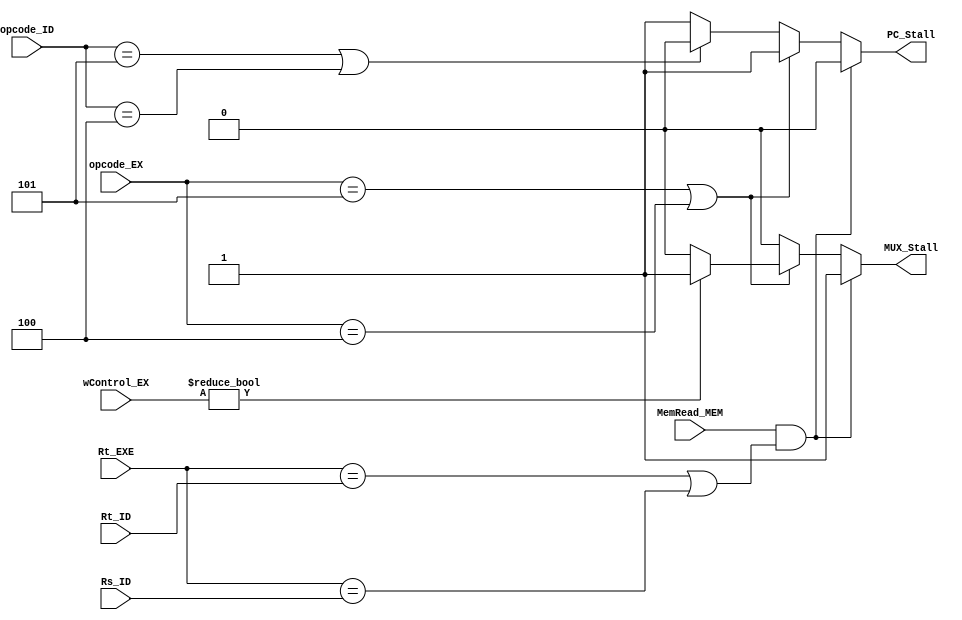
module DataHazardsUnit (
	input  MemRead_MEM,
	input  [16:0] wControl_EX,
	input  [4:0]  Rt_EXE,
	input  [4:0]  Rt_ID,
	input  [4:0]  Rs_ID,
	input [5:0]  opcode_ID,
	input [5:0]  opcode_EX,
	output PC_Stall,
	output MUX_Stall
	);
	
	localparam BEQ = 6'h04, BNE = 6'h05;
	
	reg rPC_Stall;
	reg rMUX_Stall;
	always @(*) begin
		if (MemRead_MEM && ((Rt_EXE == Rt_ID) || (Rt_EXE == Rs_ID))) begin // DATA HAZARD Support for halting the pipe when LW is detected
			rPC_Stall  = 1'b0;  //Stalled
			rMUX_Stall = 1'b1;  //Control equal to bubble
		end else if ((opcode_EX == BNE) || (opcode_EX == BEQ)) begin 
			rPC_Stall  = 1'b1;  //NotStalled
			if (wControl_EX) begin	
				rMUX_Stall = 1'b1;  //Control equal to bubble
			end else begin
				rMUX_Stall = 1'b0; 	//Normal Control
			end
		end else if ((opcode_ID == BNE) || (opcode_ID == BEQ)) begin
			rPC_Stall  = 1'b0; 	//Stalled
			rMUX_Stall = 1'b0; 	//Normal Control
		end  else begin
			rPC_Stall  = 1'b1; 	//NotStalled
			rMUX_Stall = 1'b0; 	//Normal Control
		end
	end
	assign MUX_Stall = rMUX_Stall;    
	assign PC_Stall = rPC_Stall;
endmodule